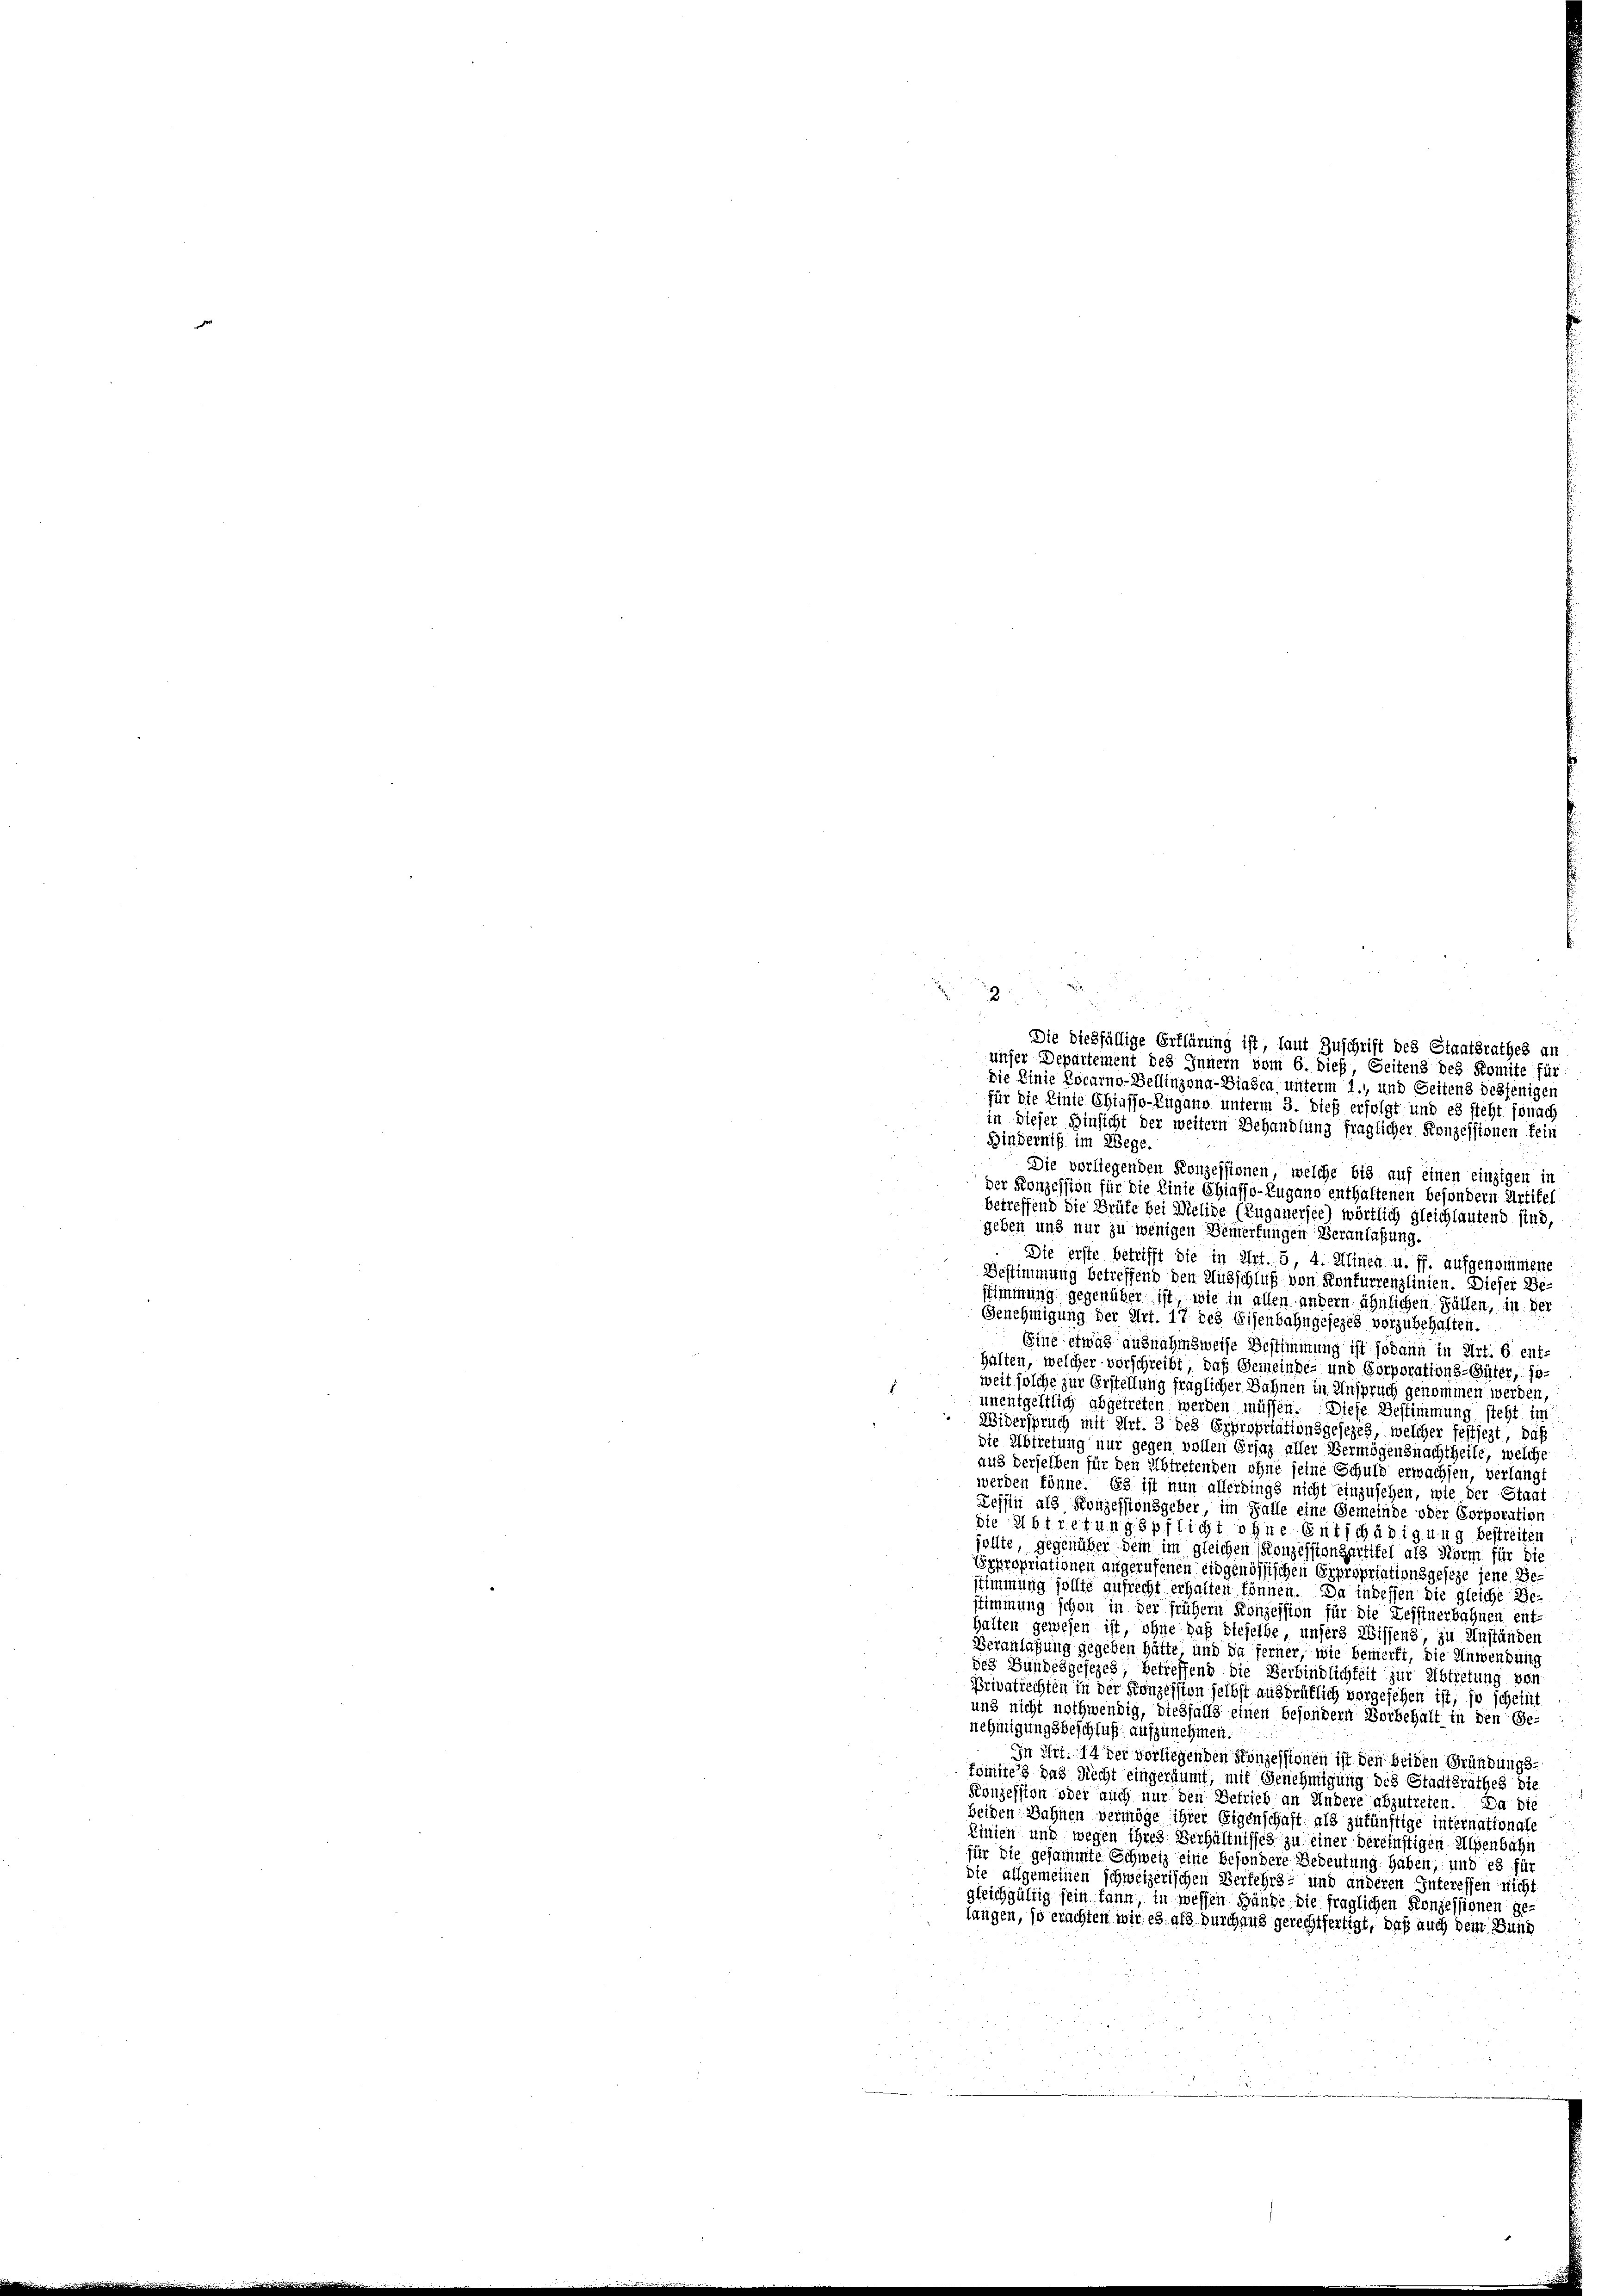
i

Die dießfällige Erklärung ist, laut Zuschrift des Staatsrathes an
unser Departement des Innern vom 6. dieß, Seitens des Komite für
die Linie Locarno-Bellinzona-Biasca unterm 1.), und Seitens desjenigen
für die Linie Chiasso-Zugano unterm 3. Dieß erfolgt und es steht sonach
in dieser Hinsicht der weitern Behandlung fraglicher Konzessionen fein
Binderniß im Wege.
Die verliegenden Konzessionen, welche bis auf einen einzigen in
der Konzession für die Linie Chiaffo-Zugano enthaltenen besondern Artikel
betreffend die Grüfe bei Melide (Zuganersee) wörtlich gleichlautend sind,
geben und nur zu wenigen Bemerkungen Veranlaßung.
Die erste betrifft die in Art. 5, 4. Alinen u. ff. aufgenommene
Bestimmung betreffend den Müsschluß von Konkurrenzlinien. Dieser Bestimmung gegenüber ist, wie in allen andern ähnlichen Fällen, in der
Genehmigung der Art. 17 des Eisenbahngesezes vorzubehalten.
Eine etwas ausnahmsweise Bestimmung ist sodann in Art. 6 enthalten, welcher vorschreibt, daß Gemeinde- und Corporations-Güter, so
weit solche zur Erstellung fraglicher Bahnen in Anspruch genommen werden
unentgeltlich abgetreten werden müssen. Diese Bestimmung steht in
Widerspruch mit Art. 3 des Expropriationsgesezes, welcher festiegt, daß
die Abtretung nur gegen vollen Ersaz aller Vermögensnachtheile, welche
aus derselben für den Abtretenden ohne seine Schuld erwachsen, verlangt
werden könne. Es ist nun allerdings nicht einzusehen, wie der Staa
Tessin als Konzessionsgeber, im Falle eine Gemeinde oder Corporation
die Abtretungspflicht ohne Entschädigung bestreiten
sollte, gegenüber dem im gleichen Konzessionsartitel als Norm für die
Expropriationen angerufenen eidgenössischen Expropriationsgeseze jene Bestimmung sollte aufrecht erhalten können. Da indessen die gleiche Be-
stimmung schon in der frühern Konzession für die Zessinerbahnen ent-
halten gewesen ist, ohne daß dieselbe, unsers Wissens, zu Anständen
Veranlagung gegeben hätte, und da ferner, wie bemerkt, die Anwendung
des Bundesgesezes betreffend die Verbindlichkeit zur Abtretung von
Privatrechten in der Konzession selbst ausdrüklich vorgesehen ist, so scheint
und nicht nothwendig, dießfalls einen besondern Borbehalt in den Ge-
nehmigungsbeschluß aufzunehmen.
In Art. 14 der vorliegenden Konzessionen ist den beiden Gründungs-
komites das Recht eingeräumt, mit Genehmigung des Stadtsrathes die
Konzession oder auch nur den Betrieb an Andere abzutreten. Da die
beiden Bahnen vermöge ihrer Eigenschaft als zukünftige internationale
Linien und wegen ihres Verhältnisses zu einer bereinstigen Alpenbahn
für die gesammte Schweiz eine besondere Bedeutung haben, und es fü
die allgemeinen schweizerischen Verfehrs- und anderen Interessen nicht
gleichgültig sein kann in wessen Hände die fraglichen Konzessionen gelangen, so erachten wir es als Durchaus gerechtfertigt, daß auch dem Bund